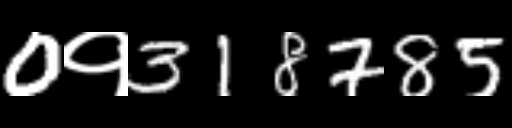
Text: 0१318785